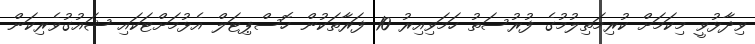
ވިދާޅުވީ މިކަމަށް ކުރިމަތިލުމުގެ ފުރުސަތު ހަމަވިއިރު 10 ފަރާތަކުން ހޮސްޕިޓަލް އެޅުމަށްޓަކައި ޝައުގުވެރިކަން